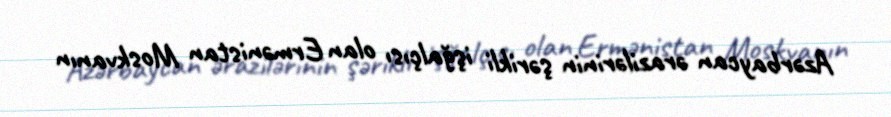
Azərbaycan ərazilərinin şərikli işğalçısı olan Ermənistan Moskvanın